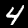
Digit: 4